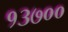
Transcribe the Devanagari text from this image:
१३७००